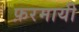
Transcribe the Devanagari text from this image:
फ़रमायी